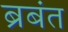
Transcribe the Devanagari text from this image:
ब्रबंत